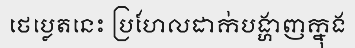
ថេប្លេតនេះ ប្រហែលដាក់បង្ហាញក្នុង